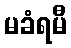
မခံရမီ